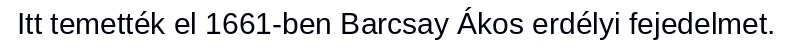
Itt temették el 1661-ben Barcsay Ákos erdélyi fejedelmet.